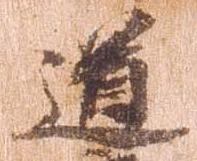
道